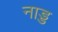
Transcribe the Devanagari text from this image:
नाड्ड